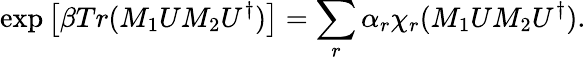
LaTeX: \exp\left[\beta Tr(M_{1}UM_{2}U^{\dagger})\right]=\sum_{r}\alpha_{r}\chi_{r}(M_{1}UM_{2}U^{\dagger}).